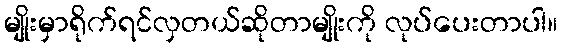
မျိုးမှာရိုက်ရင်လှတယ်ဆိုတာမျိုးကို လုပ်ပေးတာပါ။